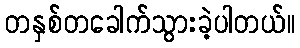
တနှစ်တခေါက်သွားခဲ့ပါတယ်။